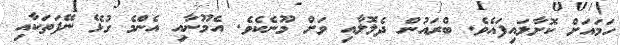
ހަމައަށް ކޮށާލައިފައެވެ. ބްރައުން ދެލޮލާއި ވަށް މޫނެކެވެ. އެމޫނާއި އެންމެ ގުޅޭ ނޭފަތަކާއި